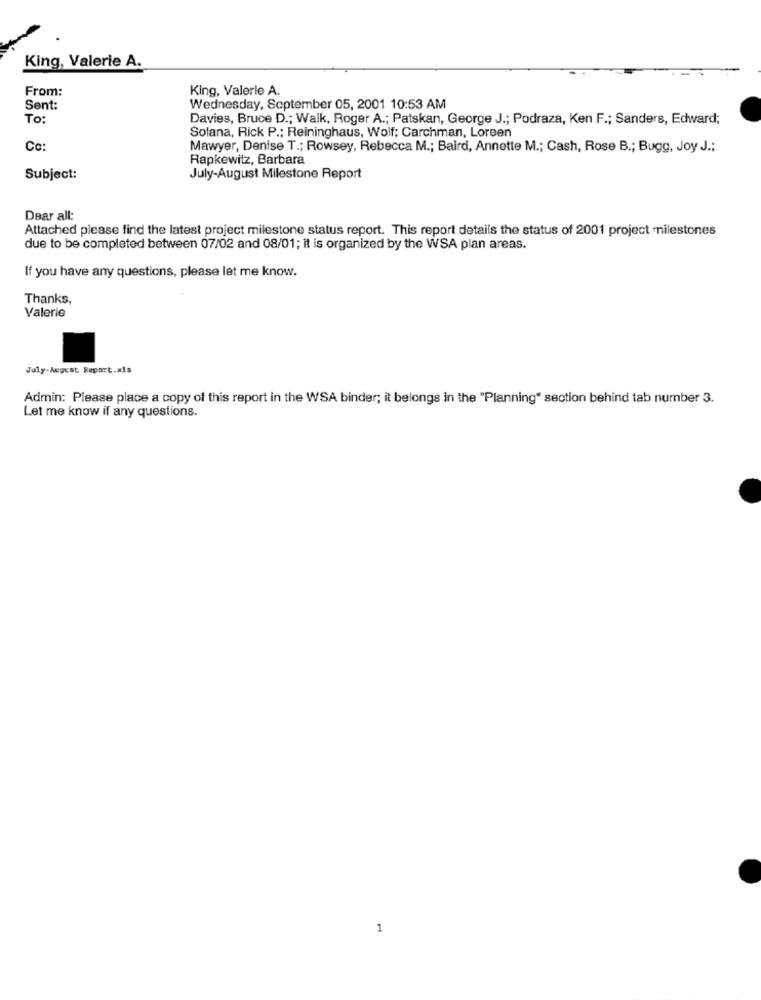
King, Valerie A.
From:
King, Valerie A.
Sent:
Wednesday, September 05, 2001 10:53 AM
To
Davies, Bruce D .; Walk, Roger A .; Patskan, George J .; Podraza, Ken F .; Sanders, Edward;
Solana, Rick P .; Reininghaus, Wolf; Carchman, Loreen
Cc:
Mawyer, Denise T .; Rowsey, Rebecca M .; Baird, Annette M .; Cash, Rose B .; Bugg, Joy J .;
Rapkewitz, Barbara
Subject:
July-August Milestone Report
Dear all:
Attached please find the latest project milestone status report. This report details the status of 2001 project milestones
due to be completed between 07/02 and 08/01; it is organized by the WSA plan areas.
If you have any questions, please let me know.
Thanks,
Valerie
July-Megest Report.xls
Admin: Please place a copy of this report in the WSA binder; it belongs in the "Planning" section behind tab number 3.
Let me know if any questions.
1